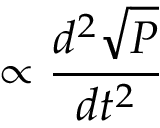
\propto \frac { d ^ { 2 } \sqrt { P } } { d t ^ { 2 } }